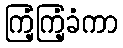
ကြံ့ကြံ့ခံကာ